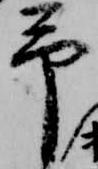
予